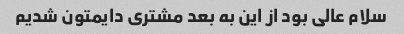
سلام عالی بود از این به بعد مشتری دایمتون شدیم